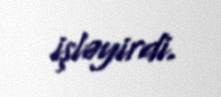
işləyirdi.